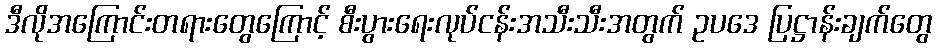
ဒီလိုအကြောင်းတရားတွေကြောင့် စီးပွားရေးလုပ်ငန်းအသီးသီးအတွက် ဥပဒေ ပြဋ္ဌာန်းချက်တွေ